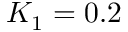
K _ { 1 } = 0 . 2